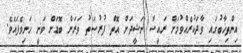
އިންތިޚާބުގައި ވާދަކުރެއްވުމަށް ރައީސް ނަޝީދަށް އޮތް ފުރުސަތު ވަރަށް ބޮޑަށް ވަނީ ހަނިވެފައެވެ.